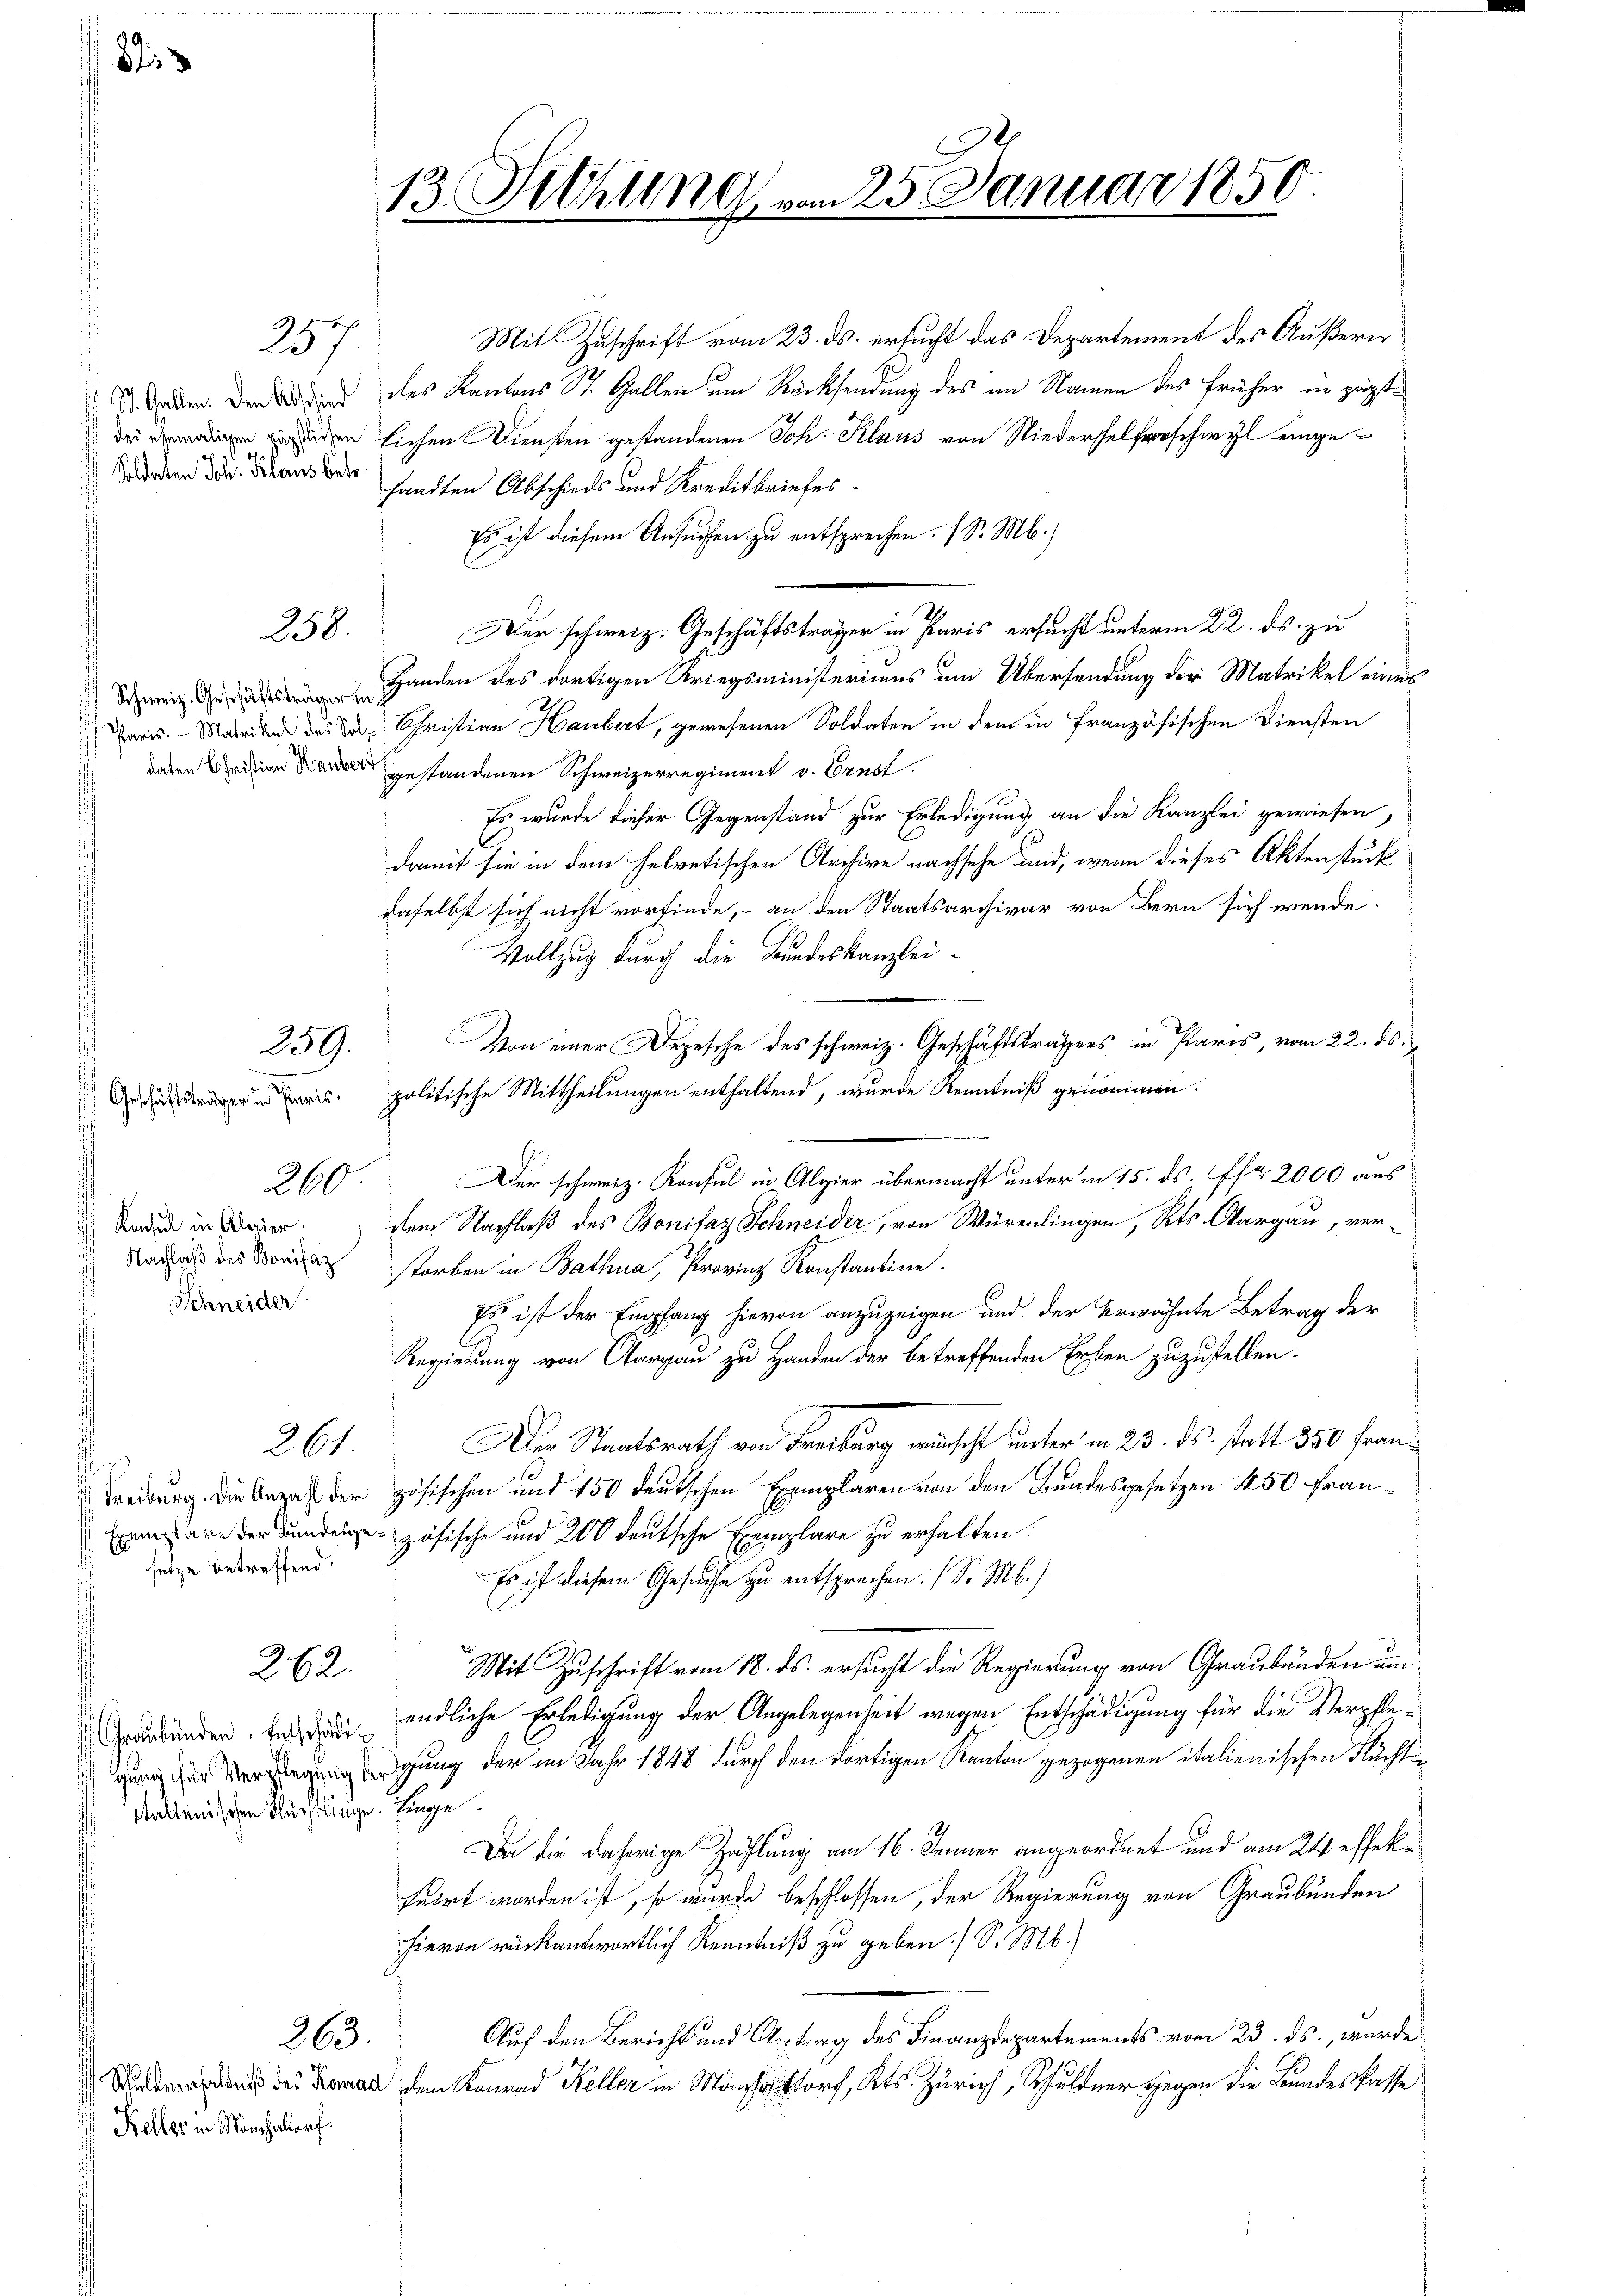
Soldaten Joh. Klaus betr.

Schweiz. Geschäftsträger in d

257.

258.

259.

Geschäftsträger in Paris
Konsul in Alarier.
Nachlaß des Bonifaz
Schneider

260

261

setze betreffend,

262.

Graubünden. Entschädig
talienischen Flüchtlinge. Einge

Keller in Mönchaltorf.

363.

13. Dichung vom 25. Januar 1850

Mit Zuschrift vom 23. ds. ersucht das Departement des Äußern
 Baden. Der oder des Kantons St. Gallen um Rücksendung des im Namen des früher in zeigt¬
 viden Eichen Diensten gestandenen Joh. Klaus von Niederselschwyl eingehandten Abschieds und Kreditbriefes.
Es ist diesem Ansuchen zu entsprechen. (S. M.)
Der schweiz. Geschäftsträger in Paris ersucht unterm 22. ds. zu
Handen des dortigen Kriegsministeriums um Übersendung der Matrikel eines
Paris. Matriken das der Christian Haubert, gewesenen Soldaten in dem in französischen Diensten
daten in gestandenen Schweizerregiment v. Ernst.
Es wurde dieser Gegenstand zur Erledigung an die Kanzlei gewiesen,
damit sie in dem helvetischen Archive nachsehe und, wenn dieses Aktenstück
daselbst sich nicht vorfinde, an den Staatsarchivar von Bern sich wende.
Vollzug durch die Bundeskanzlei-
Von einer Depesche des schweiz. Geschäftstrassers in Paris, vom 22. ds.
politische Mittheilungen enthaltend, wurde Kenntniß genommen.
Der schweiz. Konsul in Algier übermacht unterm 15. ds. fr. 2000 aus
dem Nachlaß des Bonifaz Schneider, von Würenlingen, Kts. Aargau, ver-
storben in Bathna, Provinz Konstantine.
Es ist der Empfang hievon anzuzeigen und der Erwähnte Betrag der
Regierung von Aargau zu Handen der betreffenden Erben zuzustellen.
Der Staatsrath von Freiburg wünscht unter in 23. ds. statt 350 Fran¬
Freiburg. Die Anzahl der zösischen und 150 deutschen Exemplaren von den Bundesgesetzen 450 Franezösische und 200 deutsche Exemplare zu erhalten.
Es ist diesem Gesuche zu entsprechen. (S. M.)
Mit Zuschrift vom 18. ds. ersucht die Regierung von Graubünden um
endliche Erledigung der Angelegenheit wegen Entschädigung für die Verpflegung zur Verlegung dergung der im Jahr 1848 durch den dortigen Kanton gezogenen italienischen Flucht¬
Da die daherige Zahlung am 16. Jenner angeordnet und am 24 effekfuirt worden ist, so wurde beschlossen, der Regierung von Graubünden
hievon rückantwortlich Kenntniß zu geben. (S. M.)
Auf den Bericht und Antrag des Finanzdepartements vom 23. ds., wurde
Schaden gleits des Roman den Konrad Keller in Mohr, Kts. Zürich, Schuldner gegen die Bundeskasse